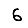
Digit: 6